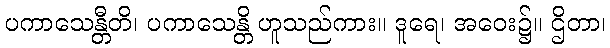
ပကာသေန္တီတိ၊ ပကာသေန္တိ ဟူသည်ကား။ ဒူရေ၊ အဝေး၌။ ဌိတာ၊